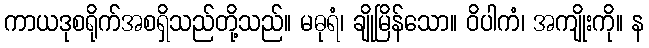
ကာယဒုစရိုက်အစရှိသည်တို့သည်။ မဓုရံ၊ ချိုမြိန်သော။ ဝိပါကံ၊ အကျိုးကို။ န